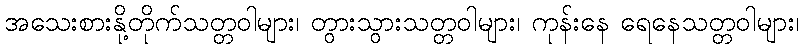
အသေးစားနို့တိုက်သတ္တဝါများ၊ တွားသွားသတ္တဝါများ၊ ကုန်းနေ ရေနေသတ္တဝါများ၊